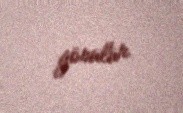
görülür.